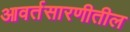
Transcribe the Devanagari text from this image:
आवर्तसारणीतील